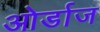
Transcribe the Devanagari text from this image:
ओर्डाज